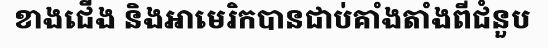
ខាងជើង និងអាមេរិកបានជាប់គាំងតាំងពីជំនួប